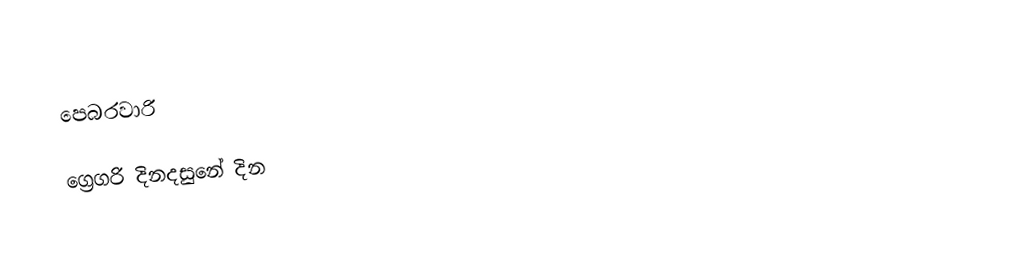
පෙබරවාරි

ග්‍රෙගරි දිනදසුනේ දින